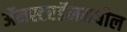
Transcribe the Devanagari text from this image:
अॅमस्टरडॅममधील